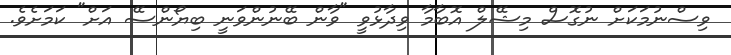
ވިސްނުމަކަށް ނުގޮސް މިޝޭލް އޮބާމާ ވިދާޅުވީ "ވާން ބޭނުންވަނީ ބިޔޯންސޭ އަށް" ކަމަށެވެ.